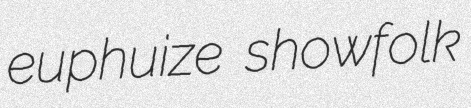
euphuize showfolk